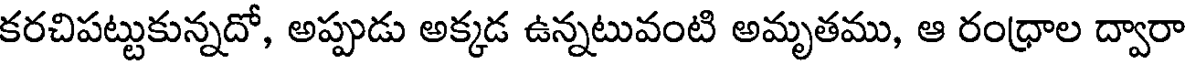
కరచిపట్టుకున్నదో, అప్పుడు అక్కడ ఉన్నటువంటి అమృతము, ఆ రంధ్రాల ద్వారా